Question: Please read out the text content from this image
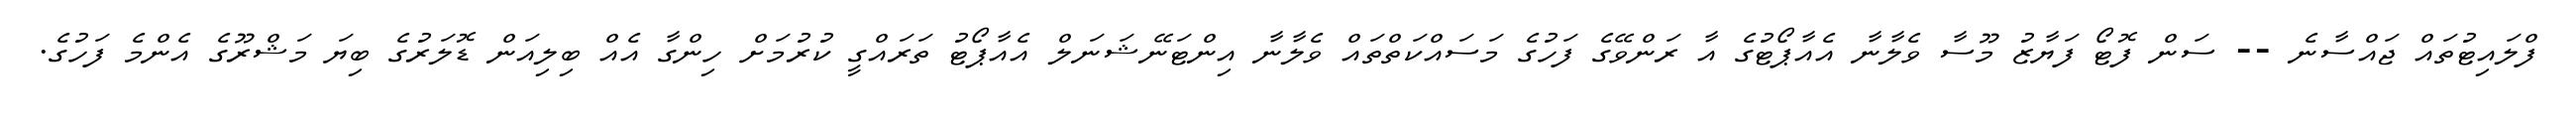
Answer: ފްލައިޓުތައް ޖައްސާނެ -- ސަން ފޮޓޯ ފަޔާޒު މޫސާ ވެލާނާ އެއާޕޯޓުގެ އާ ރަންވޭގެ ފަހުގެ މަސައްކަތްތައް ވެލާނާ އިންޓަނޭޝަނަލް އެއާޕޯޓު ތަރައްގީ ކުރުމަށް ހިންގާ އެއް ބިލިއަން ޑޮލަރުގެ ބިޔަ މަޝްރޫގެ އެންމެ ފަހުގެ.